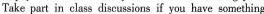
Take part in class discussions if you have something